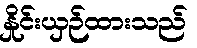
နှိုင်းယှဉ်ထားသည်